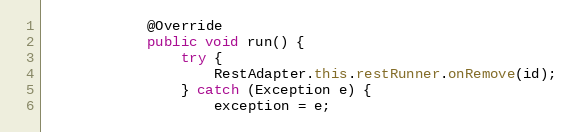
Language: Java
            @Override
            public void run() {
                try {
                    RestAdapter.this.restRunner.onRemove(id);
                } catch (Exception e) {
                    exception = e;